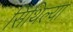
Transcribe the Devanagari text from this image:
सिथिल्या